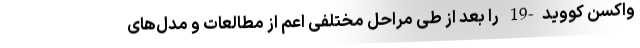
واکسن کووید-19 را بعد از طی مراحل مختلفی اعم از مطالعات و مدل‌های